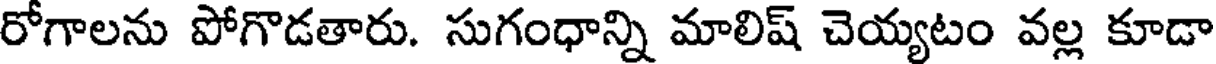
రోగాలను పోగొడతారు. సుగంధాన్ని మాలిష్ చెయ్యటం వల్ల కూడా